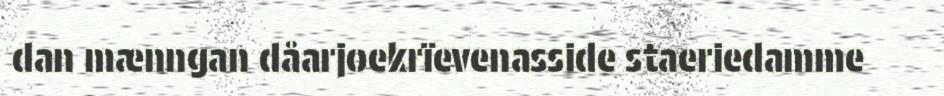
dan mænngan dåarjoekrïevenasside staeriedamme